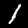
Label: 1